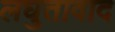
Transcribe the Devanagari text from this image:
लघुतावाद